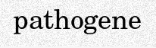
pathogene